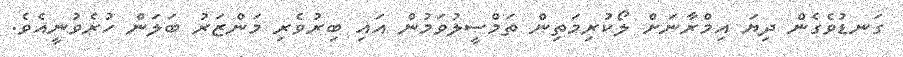
ގަނޑުވެގެން ދިޔަ އިމްރާނަށް ލޯކުރިމަތިން ތަމްސީލުވަމުން އައި ބިރުވެރި މަންޒަރު ބަލަން ހުރެވުނީއެވެ.